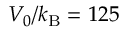
V _ { 0 } / k _ { \mathrm { B } } = 1 2 5